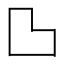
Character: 𱍫